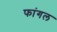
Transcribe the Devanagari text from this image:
फांगल